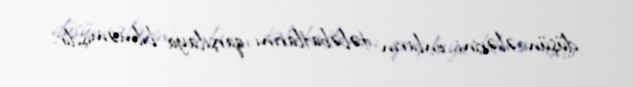
düşüncələrini, onların tələbatlarını qarşılaya bilməmişdir.